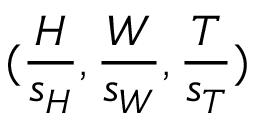
( \frac { H } { s _ { H } } , \frac { W } { s _ { W } } , \frac { T } { s _ { T } } )